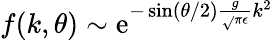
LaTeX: f(k,\theta)\sim\mathrm{e}^{-\sin(\theta/2)\frac{{g}}{{\sqrt{}{{\pi\epsilon}}}}k^{2}}